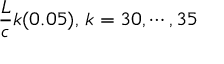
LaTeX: { \frac { L } { c } } k ( 0 . 0 5 ) , \, k = 3 0 , \cdots , 3 5